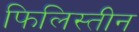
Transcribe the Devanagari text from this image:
फिलिस्‍तीन